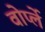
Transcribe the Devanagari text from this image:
वोर्प्ले